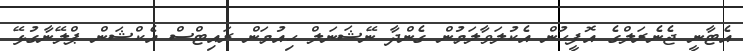
އެޓާނީ ޖެނެރަލްގެ އޮފީހުން އެކުލަވާލަމުން ގެންދާ ނޭޝަނަލް ހިއުމަން ރައިޓްސް އެކްޝަން ޕްލޭނާގުޅޭ